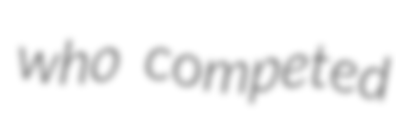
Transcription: who competed